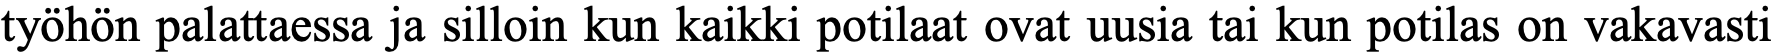
työhön palattaessa ja silloin kun kaikki potilaat ovat uusia tai kun potilas on vakavasti